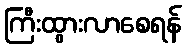
ကြီးထွားလာစေရန်